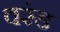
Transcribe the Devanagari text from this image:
वरंड